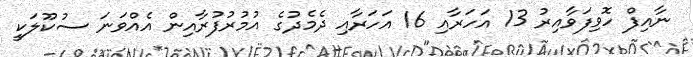
ނާއިފް ހޮވިފަވާއިރު 13 އަހަރާއި 16 އަހަރާއި ދެމެދުގެ އުމުރުފުރާއިން އެއްވަނަ ސުކޫލަކީ